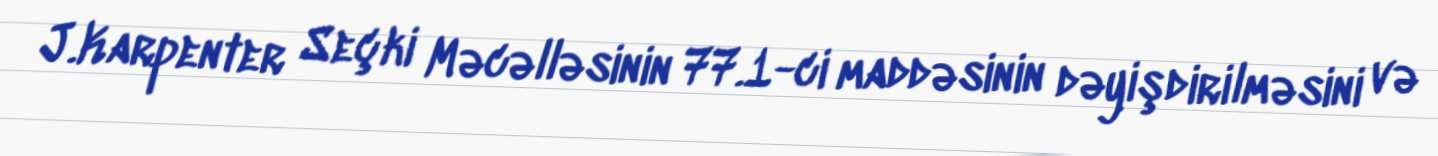
J.Karpenter Seçki Məcəlləsinin 77.1-ci maddəsinin dəyişdirilməsini və